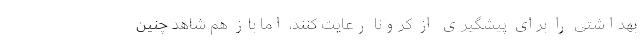
بهداشتی را برای پیشگیری از کرونا رعایت کنند، اما باز هم شاهد چنین